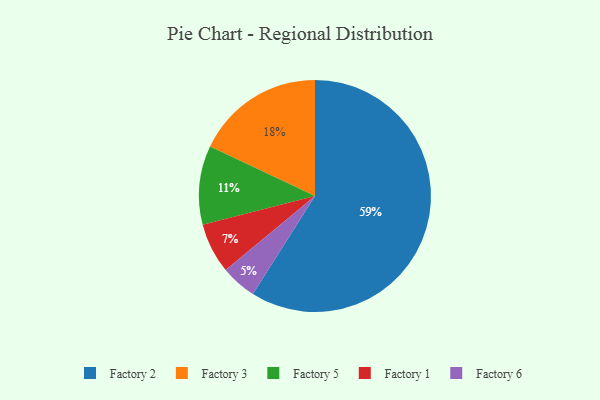
{"axis": {"x": "Category", "y": "Percentage"}, "legend": ["Factory 1", "Factory 2", "Factory 3", "Factory 5", "Factory 6"], "data": [{"x": "Factory 3", "y": 18, "type": "Factory 3"}, {"x": "Factory 6", "y": 5, "type": "Factory 6"}, {"x": "Factory 5", "y": 11, "type": "Factory 5"}, {"x": "Factory 1", "y": 7, "type": "Factory 1"}, {"x": "Factory 2", "y": 59, "type": "Factory 2"}]}